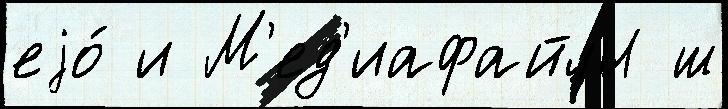
еjо́ и М'ед'иафайлы ш